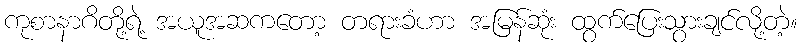
ကုစာနာဂိတို့ရဲ့ အယူအဆကတော့ တရားခံဟာ အမြန်ဆုံး ထွက်ပြေးသွားချင်လို့တဲ့။